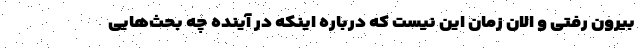
بیرون رفتی و الان زمان این نیست که درباره اینکه در آینده چه بحث‌هایی